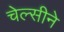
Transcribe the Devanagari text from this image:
चेल्सीने